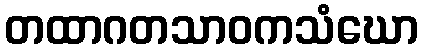
တထာဂတသာဝကသံဃော